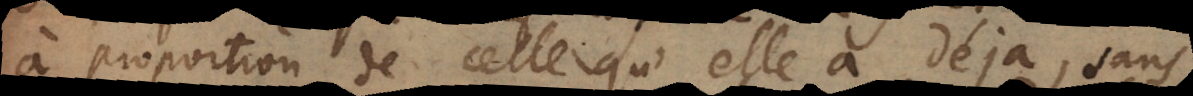
à proportion de celle qu’elle a déjà, sans